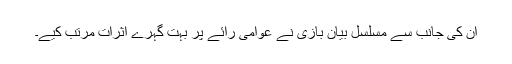
ان کی جانب سے مسلسل بیان بازی نے عوامی رائے پر بہت گہرے اثرات مرتب کیے۔